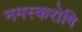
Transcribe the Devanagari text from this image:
नमस्करोषि